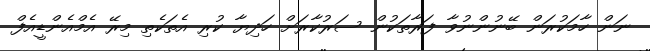
ނަން ހާމަކުރަން ބޭނުންނުވާ ފަރާތަކުން ސަރުކާރަށް ހަދިޔާ ކުރި އެތަކެތި މިރޭ އެމްއެންޑީއެފް